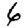
Digit: 6